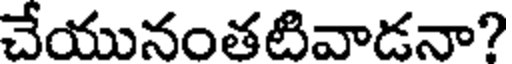
చేయునంతటివాడనా?